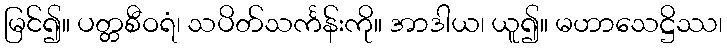
မြင်၍။ ပတ္တစီဝရံ၊ သပိတ်သင်္ကန်းကို။ အာဒါယ၊ ယူ၍။ မဟာသေဋ္ဌိဿ၊